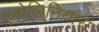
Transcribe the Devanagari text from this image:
एरोलिनियास